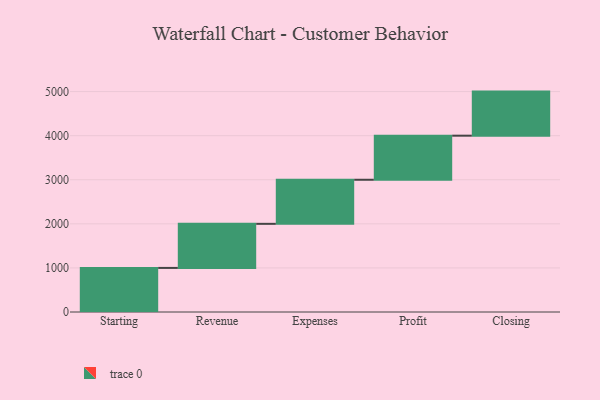
{"axis": {"x": "Step", "y": "Value"}, "legend": [""], "data": [{"x": "Starting", "y": 1000, "type": ""}, {"x": "Revenue", "y": 1000, "type": ""}, {"x": "Expenses", "y": 1000, "type": ""}, {"x": "Profit", "y": 1000, "type": ""}, {"x": "Closing", "y": 1000, "type": ""}]}